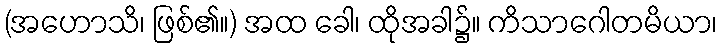
(အဟောသိ၊ ဖြစ်၏။) အထ ခေါ၊ ထိုအခါ၌။ ကိသာဂေါတမိယာ၊